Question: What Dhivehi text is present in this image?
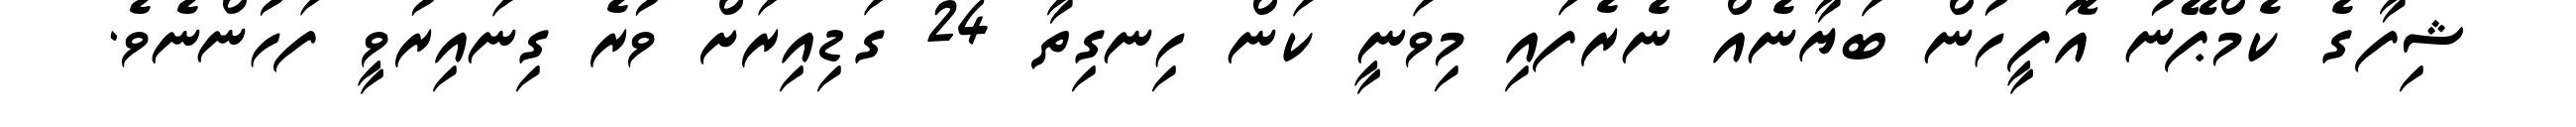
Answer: ޝިފާގެ ކެމްޕޭނު އޮފީހުން ބަޔާނެއް ނެރެފައި މިވަނީ ކަން ހިނގިތާ 24 ގަޑިއިރަށް ވުރެ ގިނައިރުވީ ފަހުންނެވެ.